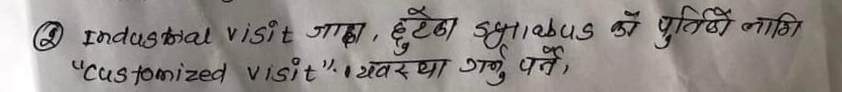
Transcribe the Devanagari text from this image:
③ Industrial visit गाहा, छुटेका भाकड को पुति नागि
"Customized visit" यवस्था
गर्नु पर्ने,